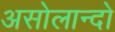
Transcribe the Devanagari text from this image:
असोलान्दो